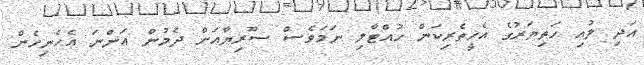
އަދި ލުއި ހަތިޔަރުގެ އެހީތެރިކަން ހުއްޓާލި ނަމަވެސް ސޫރިޔާއަށް ދެމުން އަންނަ އެހެނިހެން